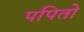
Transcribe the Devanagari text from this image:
पपितो